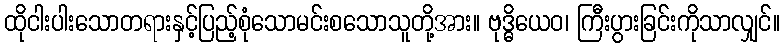
ထိုငါးပါးသောတရားနှင့်ပြည့်စုံသောမင်းစသောသူတို့အား။ ဗုဒ္ဓိယေဝ၊ ကြီးပွားခြင်းကိုသာလျှင်။